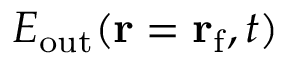
E _ { \mathrm { o u t } } ( { \bf r } = { \bf r } _ { \mathrm { f } } , t )